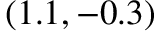
( 1 . 1 , - 0 . 3 )